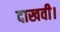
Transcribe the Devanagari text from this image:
दाखवी।